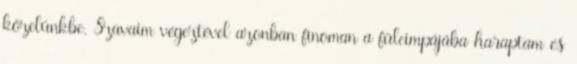
közelünkbe. Szavaim végeztével azonban finoman a fülcimpájába haraptam és